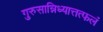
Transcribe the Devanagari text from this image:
गुरुसान्निध्यात्तत्फलं